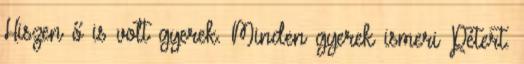
Hiszen ő is volt gyerek. Minden gyerek ismeri Pétert.